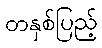
တနှစ်ပြည့်